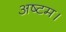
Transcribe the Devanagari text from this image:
अष्टम।